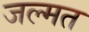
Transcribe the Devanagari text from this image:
जल्मत